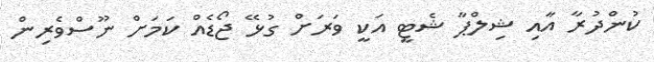
ކުންދުރާ އާއި ޝިލްޕާ ޝެޓީ އަކީ ވަރަށް ގުޅޭ ޖޯޑެއް ކަމަށް ނޫސްވެރިން